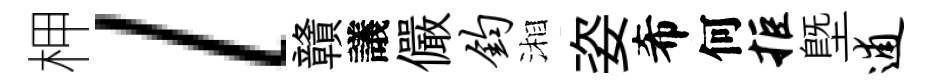
柙l贛議儼钧湘姿希何拒塈逋